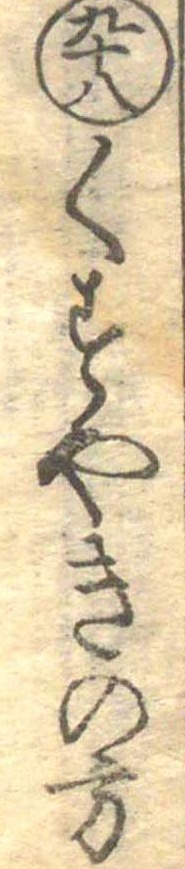
九十八くすやきの方